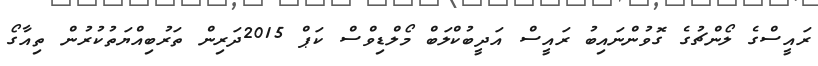
ރައީސްގެ ލޯންޗުގެ ގޮވުންނައިބު ރައީސް އަދީބުކްލަބް މޯލްޑިވްސް ކަޕް 2015ދަރިން ތަރުބިއްޔަތުކުރުން ތިއާގޯ